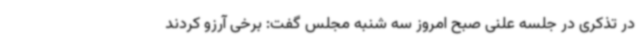
در تذکری در جلسه علنی صبح امروز سه شنبه مجلس گفت: برخی آرزو کردند